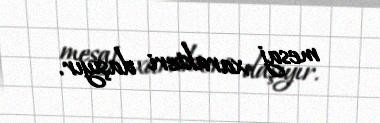
mesaj xarakteri daşıyır.